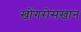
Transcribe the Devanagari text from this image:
खोंगरोसखान